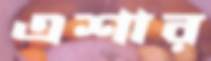
এশার